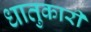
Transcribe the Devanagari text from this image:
धातुकारी